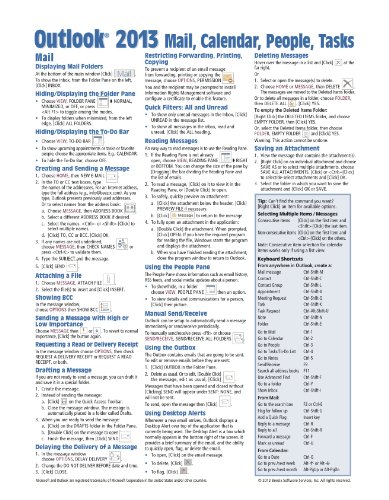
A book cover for Microsoft Outlook 2013 Mail, Calendar, People, Tasks Quick Reference (Cheat Sheet of Instructions, Tips & Shortcuts - Laminated Guide); Beezix Inc.; Computers & Technology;